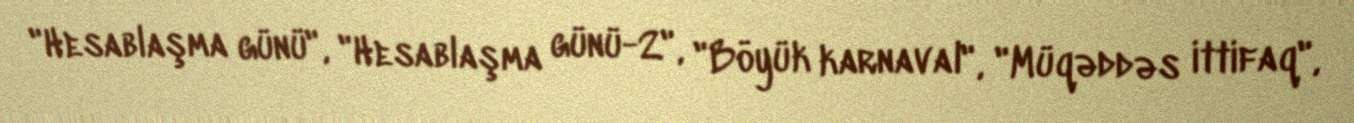
"Hesablaşma günü", "Hesablaşma günü-2", "Böyük karnaval", "Müqəddəs ittifaq",